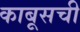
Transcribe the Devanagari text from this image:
काबूसची